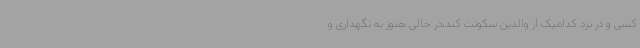
کسی و در نزد کدامیک از والدین سکونت کند،در حالی هنوز به نگهداری و